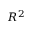
R ^ { 2 }